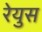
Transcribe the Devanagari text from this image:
रेयुस